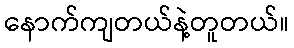
နောက်ကျတယ်နဲ့တူတယ်။